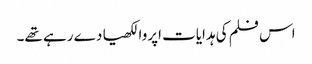
اس فلم کی ہدایات اپروا لکھیا دے رہے تھے۔